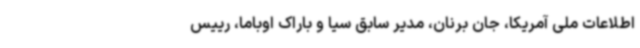
اطلاعات ملی آمریکا، جان برنان، مدیر سابق سیا و باراک اوباما، رییس